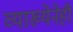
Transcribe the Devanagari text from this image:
व्याख्येनेही